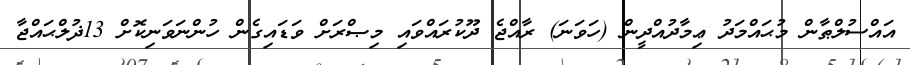
އައްސުލްޠާން މުޙައްމަދު ޢިމާދުއްދީން (ހަވަނަ) ރާއްޖެ ދޫކުރައްވައި މިޞްރަށް ވަޑައިގެން ހުންނަވަނިކޮށް 13ޛުލްޙައްޖާ